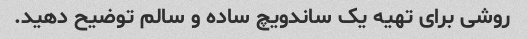
روشی برای تهیه یک ساندویچ ساده و سالم توضیح دهید.